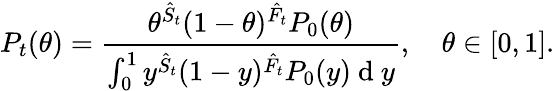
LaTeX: P_{t}(\theta)=\frac{\theta^{\hat{S}_{t}}(1-\theta)^{\hat{F}_{t}}P_{0}(\theta)}{\int_{0}^{1}y^{\hat{S}_{t}}(1-y)^{\hat{F}_{t}}P_{0}(y)\mathrm{~d~}y},\quad\theta\in[0,1].